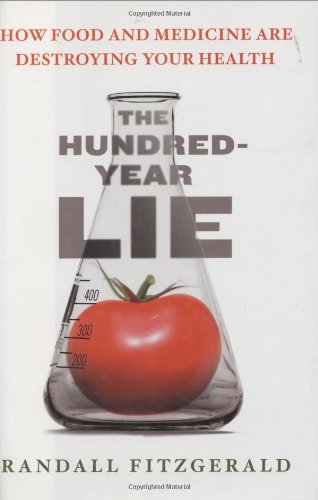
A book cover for The Hundred-Year Lie: How Food and Medicine Are Destroying Your Health; Randall Fitzgerald; Health, Fitness & Dieting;